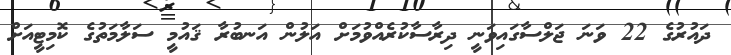
ދައުރުގެ 22 ވަނަ ޖަލްސާގައިވަނީ ދިރާސާކުރެއްވުމަށް އަލުން އަނބުރާ ޤައުމީ ސަލާމަތުގެ ކޮމިޓީއަށް